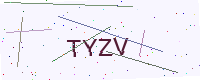
Text: TYZV